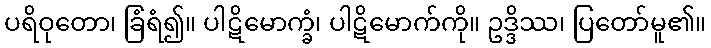
ပရိဝုတော၊ ခြံရံ၍။ ပါဋိမောက္ခံ၊ ပါဋိမောက်ကို။ ဥဒ္ဒိဿ၊ ပြတော်မူ၏။